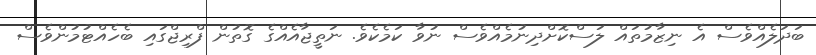
ބަދަލެއްވެސް އެ ނިޒާމުތައް ލަސްކޮށްދިނުމެއްވެސް ނުވާ ކަމެކެވެ. ނަތީޖާއެއްގެ ގޮތުން ފްރިޖްގައި ބެހެއްޓުމުންވެސް